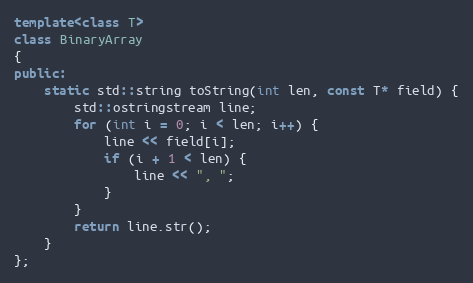
Language: C++
template<class T>
class BinaryArray
{
public:
    static std::string toString(int len, const T* field) {
        std::ostringstream line;
        for (int i = 0; i < len; i++) {
            line << field[i];
            if (i + 1 < len) {
                line << ", ";
            }
        }
        return line.str();
    }
};